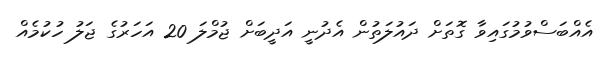
އެއްބަސްވުމުގައިވާ ގޮތަށް ދައުލަތުން އެދުނީ އަދީބަށް ޖުމްލަ 20 އަހަރުގެ ޖަލު ހުކުމެއް